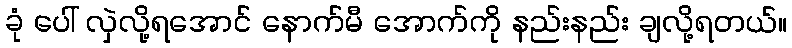
ခုံ ပေါ် လှဲလို့ရအောင် နောက်မီ အောက်ကို နည်းနည်း ချလို့ရတယ်။